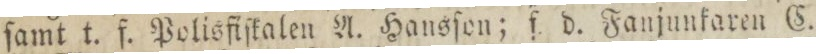
ſamt t. f. Polisfiſkalen A. Hausſon; f. d. Fanjunkaren C.